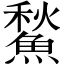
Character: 𩹤